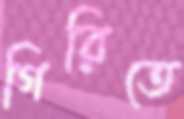
গিরিতে